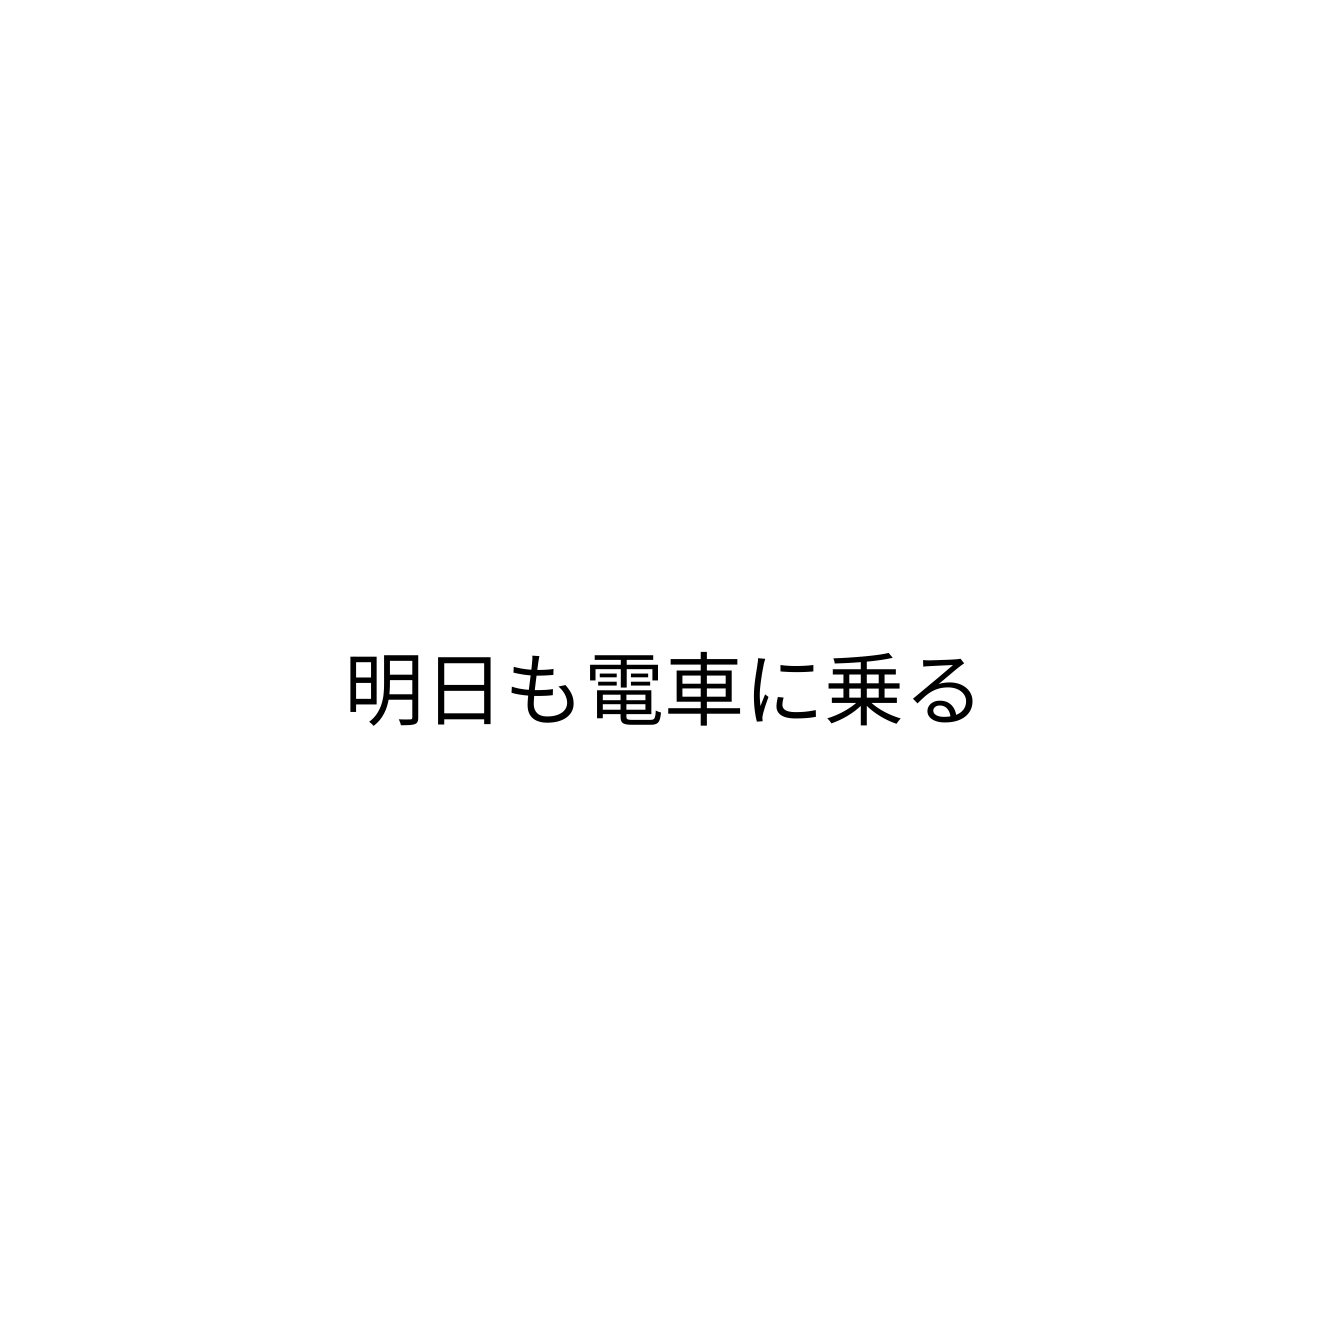
明日も電車に乗る